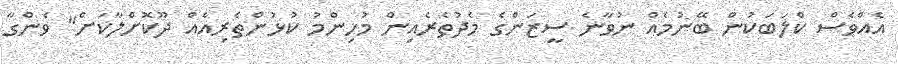
އެއްވެސް ކްލަބަކުން ބޭނުމެއް ނުވާނެ ސީޒަންގެ މެދުތެރެއިން މުހިންމު ކުޅުންތެރިއެއް ދޫކޮށްލާކަށް" ވެންގާ